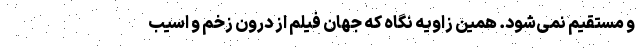
و مستقیم‌ نمی‌شود. همین زاویه نگاه که جهان فیلم از درون زخم و اسیب